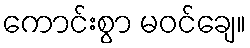
ကောင်းစွာ မဝင်ချေ။